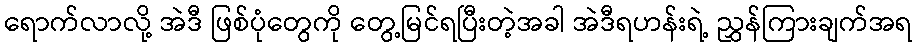
ရောက်လာလို့ အဲဒီ ဖြစ်ပုံတွေကို တွေ့မြင်ရပြီးတဲ့အခါ အဲဒီရဟန်းရဲ့ ညွှန်ကြားချက်အရ